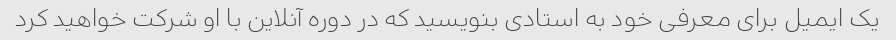
یک ایمیل برای معرفی خود به استادی بنویسید که در دوره آنلاین با او شرکت خواهید کرد